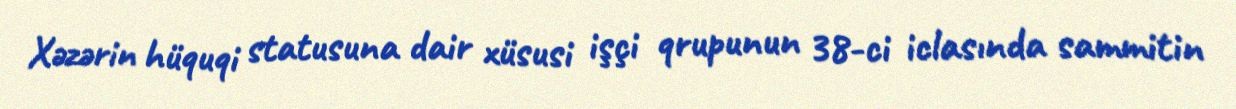
Xəzərin hüquqi statusuna dair xüsusi işçi qrupunun 38-ci iclasında sammitin